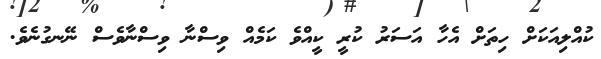
ކުއްލިއަކަށް ހިތަށް އެހާ އަސަރު ކުރީ ކީއްވެ ކަމެއް ވިސްނާ ވިސްނާވެސް ނޭނގުނެވެ.